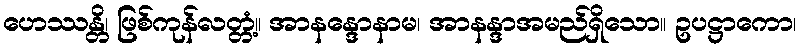
ဟေဿန္တိ၊ ဖြစ်ကုန်လတ္တံ့။ အာနန္ဒောနာမ၊ အာနန္ဒာအမည်ရှိသော။ ဥပဋ္ဌာကော၊